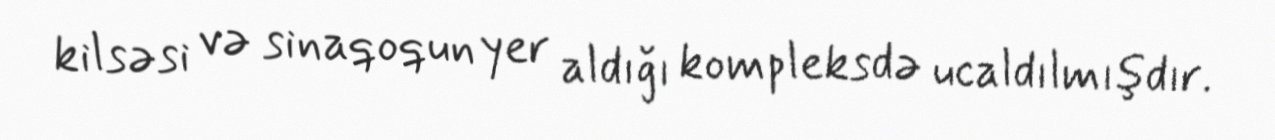
kilsəsi və sinaqoqun yer aldığı kompleksdə ucaldılmışdır.